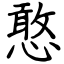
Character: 憨